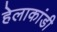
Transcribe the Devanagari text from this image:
हेलाकांडी